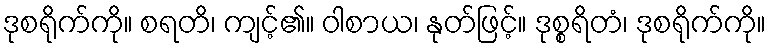
ဒုစရိုက်ကို။ စရတိ၊ ကျင့်၏။ ဝါစာယ၊ နုတ်ဖြင့်။ ဒုစ္စရိတံ၊ ဒုစရိုက်ကို။